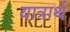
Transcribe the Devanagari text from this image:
यात्रार्थ